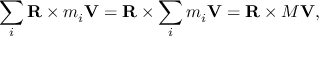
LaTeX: \sum _ { i } \mathbf { R } \times m _ { i } \mathbf { V } = \mathbf { R } \times \sum _ { i } m _ { i } \mathbf { V } = \mathbf { R } \times M \mathbf { V } ,